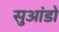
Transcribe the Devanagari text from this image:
सुआंडो